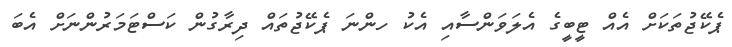
ޕެކޭޖުތަކަށް އެއް ޓީބީގެ އެލަވަންސާއި އެކު ހންނަ ޕެކޭޖުތައް ދިރާގުން ކަސްޓަމަރުންނަށް އެބަ